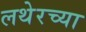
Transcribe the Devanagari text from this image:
लथेरच्या